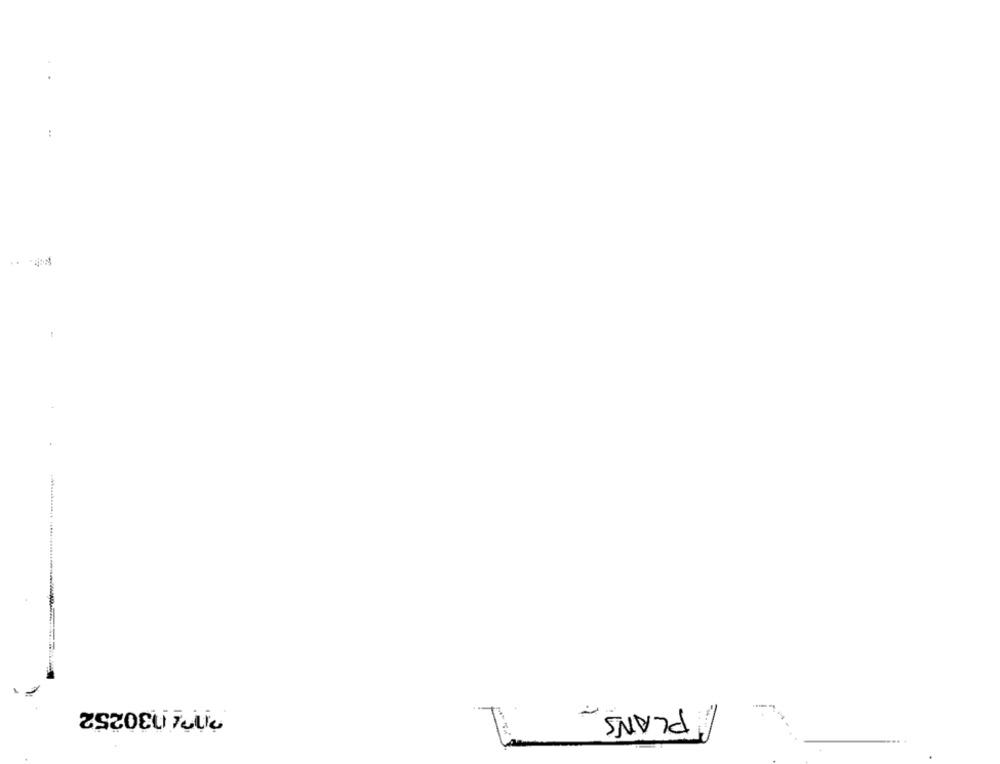
..
207030252
PLANS
T: